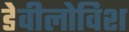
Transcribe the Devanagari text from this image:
डेवीलोविश